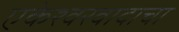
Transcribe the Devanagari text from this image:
एकेश्वरवादाचा